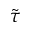
\tilde { \tau }